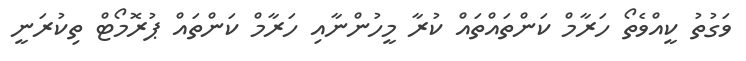
ވަގުތު ކީއްވެތޯ ހަރާމް ކަންތައްތައް ކުރާ މީހުންނާއި ހަރާމް ކަންތައް ޕުރޮމޯޓް ތިކުރަނީ